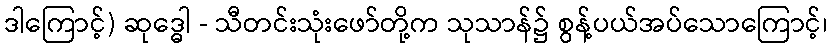
ဒါကြောင့်) ဆုဒ္ဓေါ - သီတင်းသုံးဖော်တို့က သုသာန်၌ စွန့်ပယ်အပ်သောကြောင့်၊